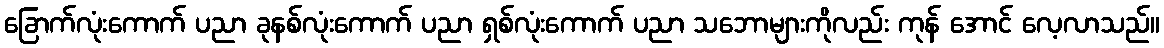
ခြောက်လုံးကောက် ပညာ ခုနစ်လုံးကောက် ပညာ ရှစ်လုံးကောက် ပညာ သဘောများကိုလည်း ကုန် အောင် လေ့လာသည်။